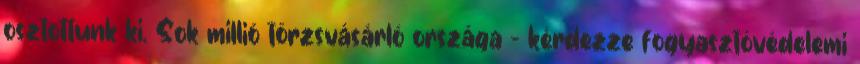
osztottunk ki. Sok millió törzsvásárló országa - kérdezze fogyasztóvédelemi